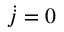
{ \dot { j } } = 0